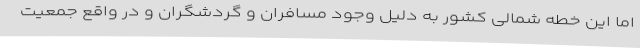
اما این خطه شمالی کشور به دلیل وجود مسافران و گردشگران و در واقع جمعیت